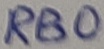
Text: RB0